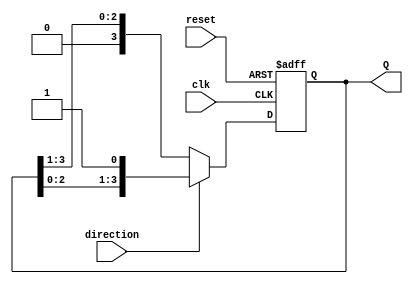
module async_shift_counter (
    input wire clk,            // Clock signal
    input wire reset,          // Asynchronous reset signal
    input wire direction,      // Control signal (1 for increment, 0 for decrement)
    output reg [n-1:0] Q       // Counter output (n-bit wide)
);

parameter n = 4; // Set the bit-width of the counter (can be adjusted)

// Asynchronous reset and counting logic
always @(posedge clk or posedge reset) begin
    if (reset) begin
        Q <= 0; // Reset counter to 0
    end else begin
        if (direction) begin
            Q <= {Q[n-2:0], 1'b1}; // Shift left and set LSB to 1 (increment)
        end else begin
            Q <= {1'b0, Q[n-1:1]}; // Shift right (decrement)
        end
    end
end

endmodule